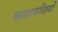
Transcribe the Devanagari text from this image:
कबायलियों